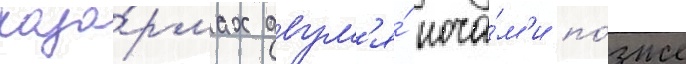
каза́рмах двум'я́ ноча́м'и по́зже